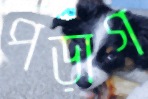
পড়াগ